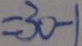
= 3 0 - 1